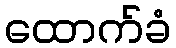
ထောက်ခံ